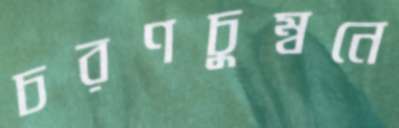
চরণচুম্বনে